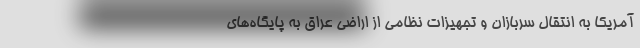
آمریکا به انتقال سربازان و تجهیزات نظامی از اراضی عراق به پایگاه‌های